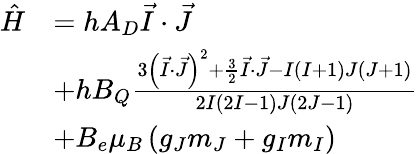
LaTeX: \begin{array}{rl}{\hat{H}}&{=hA_{D}\vec{I}\cdot\vec{J}}\\ &{+hB_{Q}\frac{3\left(\vec{I}\cdot\vec{J}\right)^{2}+\frac{3}{2}\vec{I}\cdot\vec{J}-I\left(I+1\right)J\left(J+1\right)}{2I\left(2I-1\right)J\left(2J-1\right)}}\\ &{+B_{e}\mu_{B}\left(g_{J}m_{J}+g_{I}m_{I}\right)}\end{array}